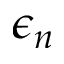
\epsilon _ { n }